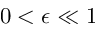
0 < \epsilon \ll 1